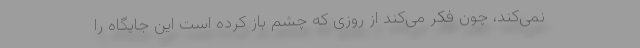
نمی‌کند، چون فکر می‌کند از روزی که چشم باز کرده است این جایگاه را